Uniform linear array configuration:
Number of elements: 8
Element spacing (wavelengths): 0.25
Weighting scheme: uniform
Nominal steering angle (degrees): -15
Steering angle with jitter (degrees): -13.813
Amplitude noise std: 0.05
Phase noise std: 0.05

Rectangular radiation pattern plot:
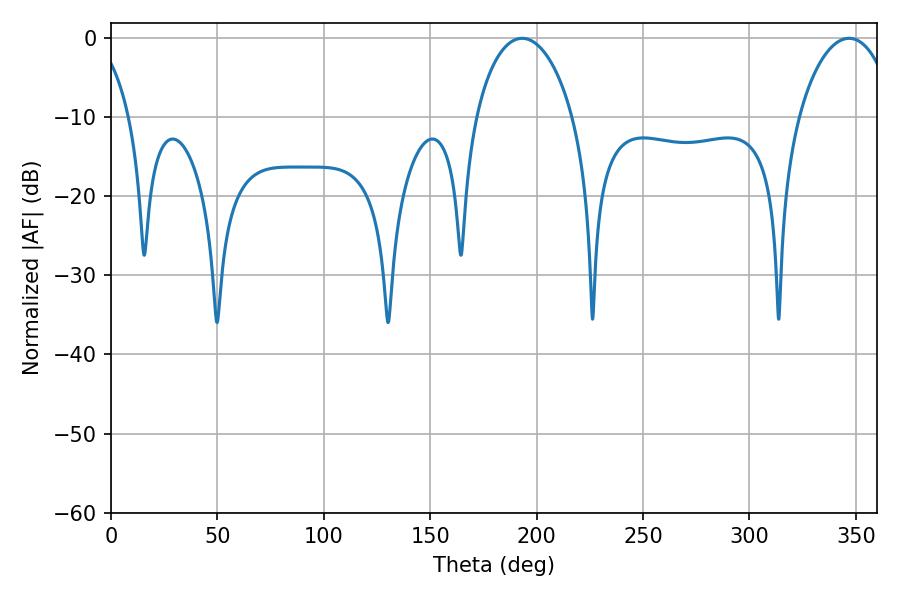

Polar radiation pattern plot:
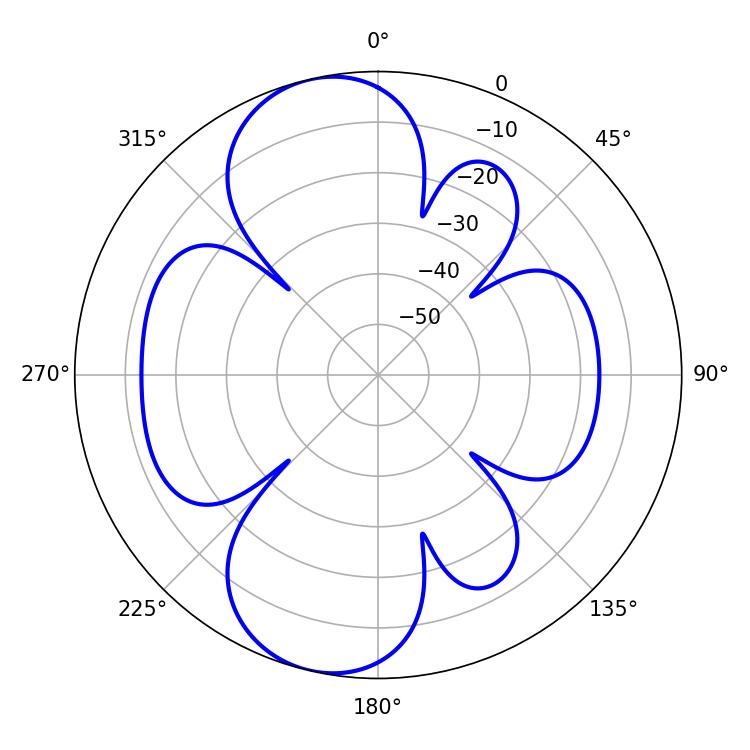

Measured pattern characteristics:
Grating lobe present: FALSE
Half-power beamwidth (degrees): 26.1
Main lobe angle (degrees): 346.86